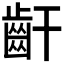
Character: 𪗙